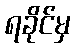
ရခိုင်မှ